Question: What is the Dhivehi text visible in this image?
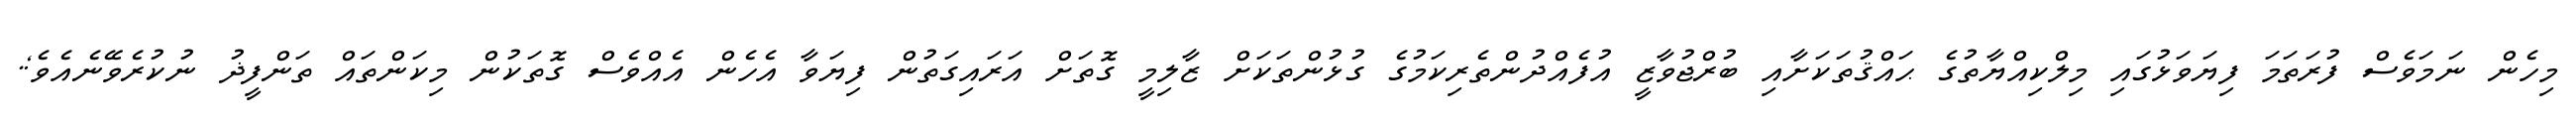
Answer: މިހެން ނަމަވެސް ފުރަތަމަ ފިޔަވަޅުގައި މިލްކިއްޔާތުގެ ޙައްޤުތަކަށާއި ބުރްޖުވާޒީ އުފެއްދުންތެރިކަމުގެ ގުޅުންތަކަށް ޒާލިމީ ގޮތަށް އަރައިގަތުން ފިޔަވާ އެހެން އެއްވެސް ގޮތަކުން މިކަންތައް ތަންފީޛު ނުކުރެވޭނެއެވެ;.